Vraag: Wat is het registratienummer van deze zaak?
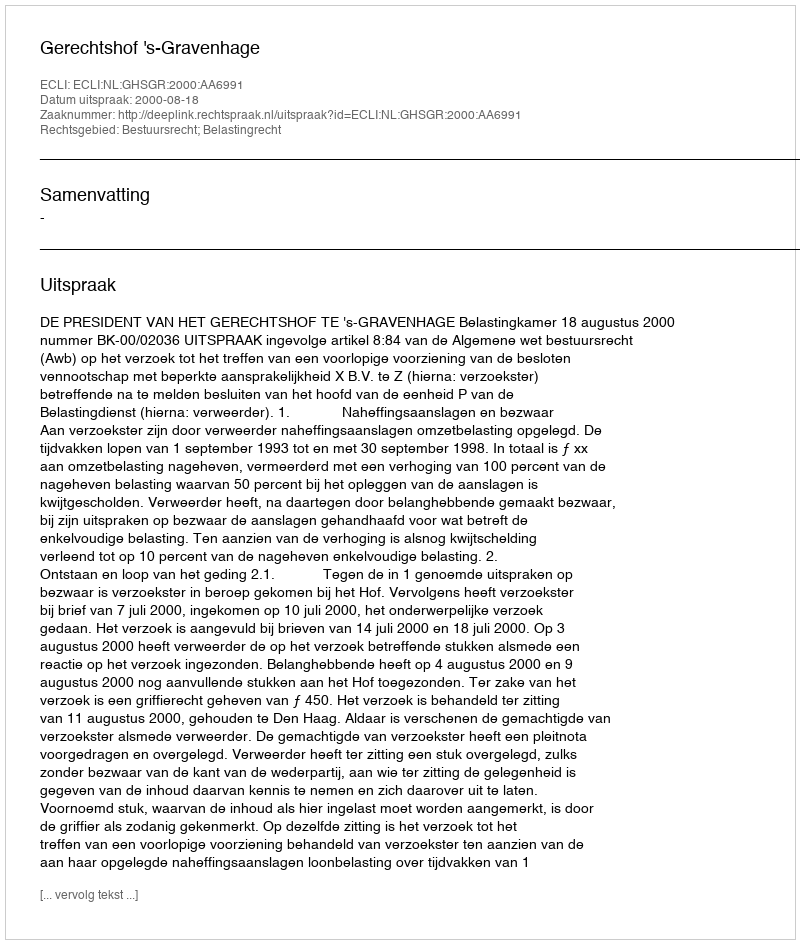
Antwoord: http://deeplink.rechtspraak.nl/uitspraak?id=ECLI:NL:GHSGR:2000:AA6991